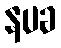
နပခ